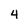
Character: 4